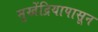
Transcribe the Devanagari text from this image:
मुखेंद्रियापासून